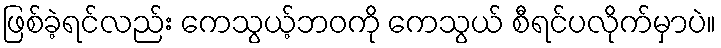
ဖြစ်ခဲ့ရင်လည်း ကေသွယ့်ဘဝကို ကေသွယ် စီရင်ပလိုက်မှာပဲ။